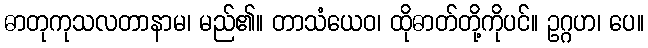
ဓာတုကုသလတာနာမ၊ မည်၏။ တာသံယေဝ၊ ထိုဓာတ်တို့ကိုပင်။ ဥဂ္ဂဟ၊ ပေ။